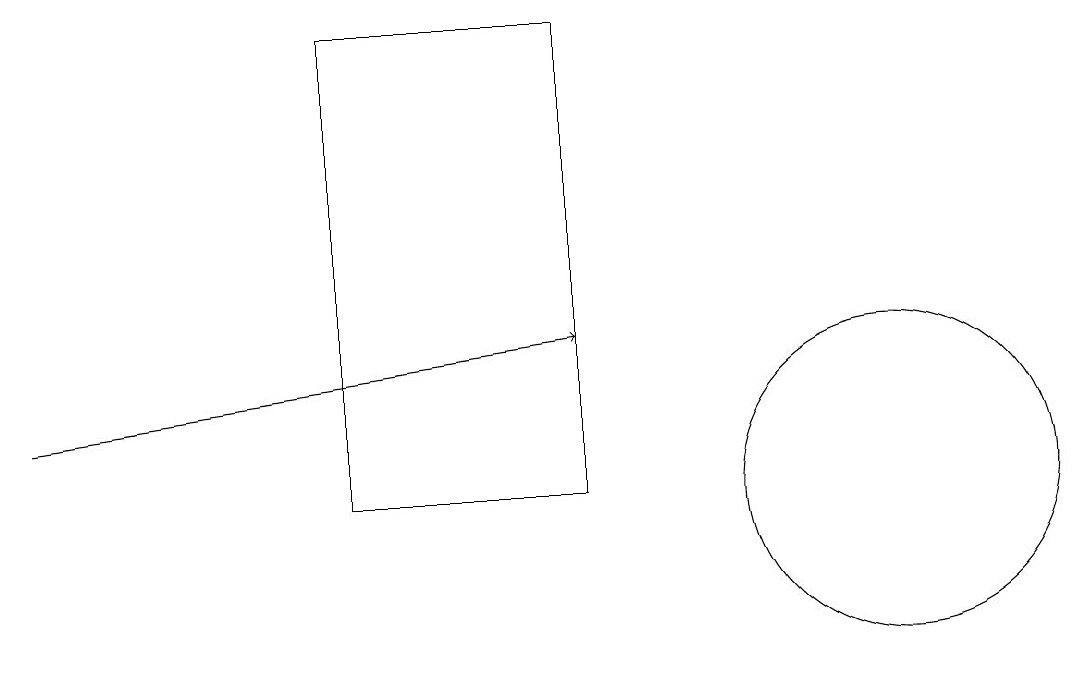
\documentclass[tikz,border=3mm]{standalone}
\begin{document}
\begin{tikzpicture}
\draw (5,11) rectangle (8,17);
\draw[->] (1,12) -- (8,13);
\draw (12,11) circle (2);
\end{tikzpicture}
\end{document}